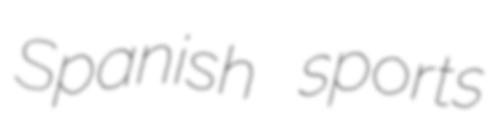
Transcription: Spanish sports